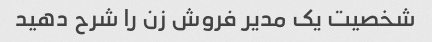
شخصیت یک مدیر فروش زن را شرح دهید